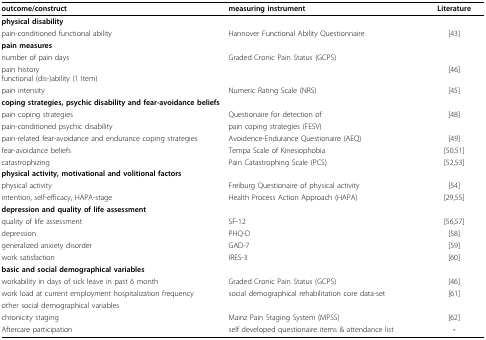
<table><thead><tr><td><b>outcome/construct</b></td><td><b>measuring instrument</b></td><td><b>Literature</b></td></tr></thead><tbody><tr><td colspan="3"><b>physical disability</b></td></tr><tr><td>pain-conditioned functional ability</td><td>Hannover Functional Ability Questionnaire</td><td>[43]</td></tr><tr><td><b>pain measures</b></td><td></td><td></td></tr><tr><td>number of pain days</td><td>Graded Cronic Pain Status (GCPS)</td><td></td></tr><tr><td>pain historyfunctional (dis-)ability (1 Item)</td><td></td><td>[46]</td></tr><tr><td>pain intensity</td><td>Numeric Rating Scale (NRS)</td><td>[45]</td></tr><tr><td colspan="3"><b>coping strategies, psychic disability and fear-avoidance beliefs</b></td></tr><tr><td>pain coping strategies</td><td>Questionaire for detection of</td><td>[48]</td></tr><tr><td>pain-conditioned psychic disability</td><td>pain coping strategies (FESV)</td><td></td></tr><tr><td>pain-related fear-avoidance and endurance coping strategies</td><td>Avoidence-Endurance Questionaire (AEQ)</td><td>[49]</td></tr><tr><td>fear-avoidance beliefs</td><td>Tempa Scale of Kinesiophobia</td><td>[50,51]</td></tr><tr><td>catastrophizing</td><td>Pain Catastrophing Scale (PCS)</td><td>[52,53]</td></tr><tr><td colspan="3"><b>physical activity, motivational and volitional factors</b></td></tr><tr><td>physical activity</td><td>Freiburg Questionaire of physical activity</td><td>[54]</td></tr><tr><td>intention, self-efficacy, HAPA-stage</td><td>Health Process Action Approach (HAPA)</td><td>[29,55]</td></tr><tr><td colspan="3"><b>depression and quality of life assessment</b></td></tr><tr><td>quality of life assessment</td><td>SF-12</td><td>[56,57]</td></tr><tr><td>depression</td><td>PHQ-D</td><td>[58]</td></tr><tr><td>generalized anxiety disorder</td><td>GAD-7</td><td>[59]</td></tr><tr><td>work satisfaction</td><td>IRES-3</td><td>[60]</td></tr><tr><td colspan="3"><b>basic and social demographical variables</b></td></tr><tr><td>workability in days of sick leave in past 6 month</td><td>Graded Cronic Pain Status (GCPS)</td><td>[46]</td></tr><tr><td>work load at current employment hospitalization frequency</td><td>social demographical rehabilitation core data-set</td><td>[61]</td></tr><tr><td>other social demographical variables</td><td></td><td></td></tr><tr><td>chronicity staging</td><td>Mainz Pain Staging System (MPSS)</td><td>[62]</td></tr><tr><td>Aftercare participation</td><td>self developed questionaire items &amp; attendance list</td><td><b>-</b></td></tr></tbody></table>